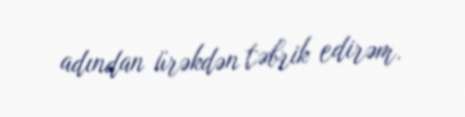
adından ürəkdən təbrik edirəm.